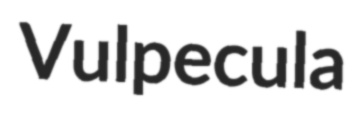
Vulpecula